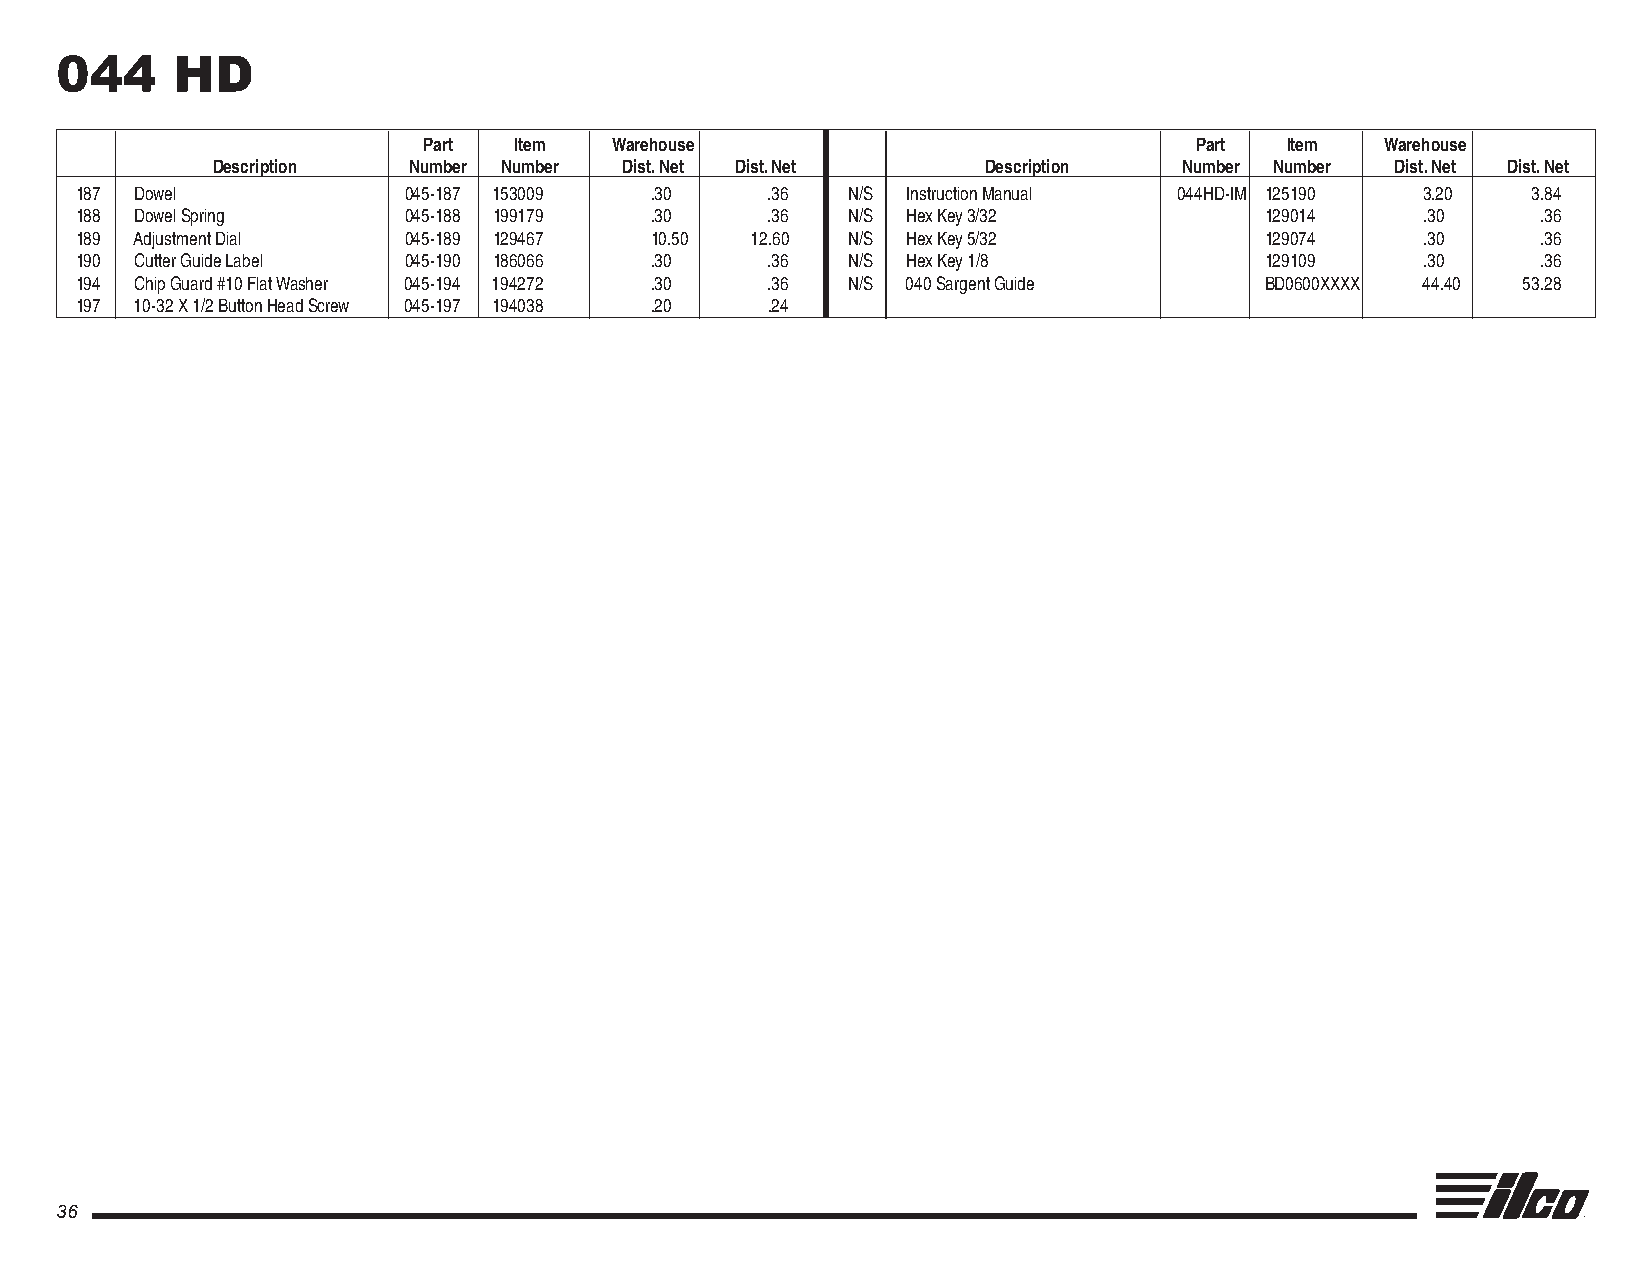
044    HD
 Part  Item  Warehouse                              Part  Item   Warehouse
 Description  Number Number Dist. Net Dist. Net     Description  Number Number Dist. Net Dist. Net
 187 Dowel             045-187 153009  .30     .36  N/S Instruction Manual 044HD-IM 125190 3.20  3.84
 188 Dowel Spring      045-188 199179  .30     .36  N/S Hex Key 3/32            129014    .30     .36
 189 Adjustment Dial   045-189 129467  10.50  12.60 N/S Hex Key 5/32            129074    .30     .36
 190 Cutter Guide Label 045-190 186066 .30     .36  N/S Hex Key 1/8             129109    .30     .36
 194 Chip Guard #10 Flat Washer 045-194 194272 .30 .36 N/S 040 Sargent Guide    BD0600XXXX 44.40 53.28
 197 10-32 X 1/2 Button Head Screw 045-197 194038 .20 .24
 36